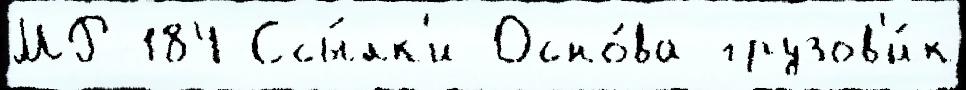
МР-184 Ссы́лк'и Осно́ва грузов'и́к